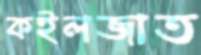
কইলজাত